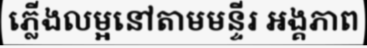
ភ្លើងលម្អនៅតាមមន្ទីរ អង្គភាព